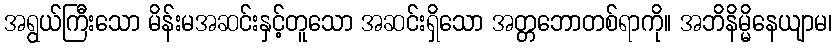
အရွယ်ကြီးသော မိန်းမအဆင်းနှင့်တူသော အဆင်းရှိသော အတ္တဘောတစ်ရာကို။ အဘိနိမ္မိနေယျာမ၊